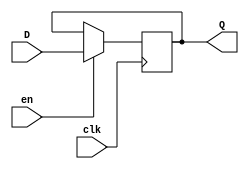
module EFF16_v (input en,
				    input clk,
				    input [15:0] D,
					 output reg [15:0] Q);
	always@ (posedge clk) begin
		if (en)
			Q <= D;
	end
endmodule